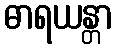
ဓာရယန္တာ